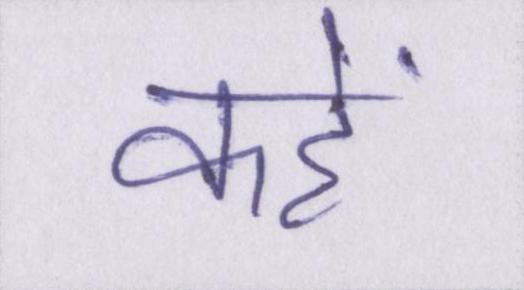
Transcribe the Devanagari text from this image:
कहें